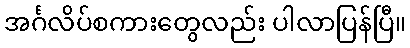
အင်္ဂလိပ်စကားတွေလည်း ပါလာပြန်ပြီ။